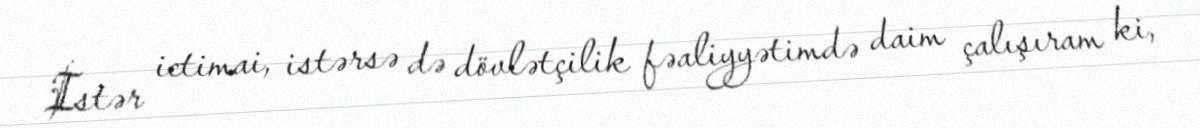
İstər ictimai, istərsə də dövlətçilik fəaliyyətimdə daim çalışıram ki,